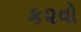
ક૨વો